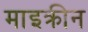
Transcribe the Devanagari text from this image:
माइक्रीन